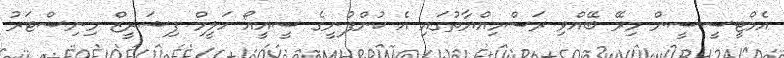
އެމްޓީސީސީން މިރޭ ބޭއްވި ރަސްމިއްޔާތުގައި އެ ކުންފުނީގެ ސީއީއޯ ހަލީމް ފިޝަރީޒް މިނިސްޓަރު